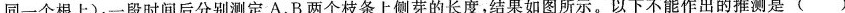
同一个根上)，一段时间后分别测定A、B两个枝条上侧芽的长度，结果如图所示。以下不能作出的推测是()